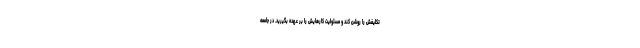
تکلیفش را روشن کند و مسئولیت کارهایش را بر عهده بگیرید. در جامعه